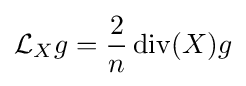
{\mathcal {L}}_{X}g={\frac {2}{n}}\operatorname {div} (X)g